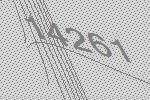
14261